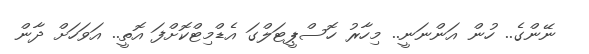
ނޭންގެ.. ހުން އަންނަނީ.. މިހާރު ހޮސްޕީޓަލްގަ އެޑްމިޓްކޮށްފަ އޮތީ.. އަވަހަށް ދާން